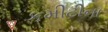
કમીટીના